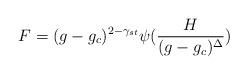
LaTeX: \begin{align*}F = ( g - g_{c} )^{2-\gamma_{st}}\psi( {H\over{(g - g_{c})^{\Delta}}} )\end{align*}